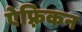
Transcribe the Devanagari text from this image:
ऐफ़्रिकन